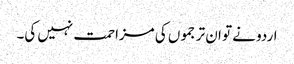
اردو نے تو ان ترجموں کی مزاحمت نہیں کی۔